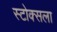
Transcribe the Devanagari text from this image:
स्टोक्सला